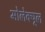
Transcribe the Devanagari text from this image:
मोलेक्यूल